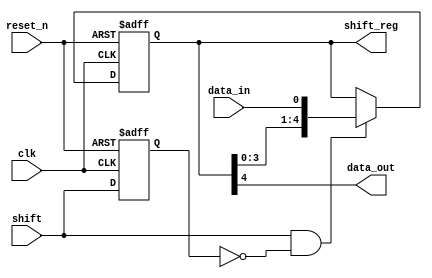
`timescale 1ns / 1ps
//////////////////////////////////////////////////////////////////////////////////
// Company: 
// Engineer: 
// 
// Design Name: 
// Module Name: shift_reg_5_bit
// Project Name: 
// Target Devices: 
// Tool Versions: 
// Description: 
// 
// Dependencies: 
// 
// Revision:
// Revision 0.01 - File Created
// Additional Comments:
// 
//////////////////////////////////////////////////////////////////////////////////


module shift_reg_5_bit(input clk, input shift, input reset_n, input data_in, output data_out, output reg [4:0] shift_reg);


reg prev_shift; 


always @(posedge clk or negedge reset_n) begin
    if (!reset_n) begin
        shift_reg <= 5'b00000;
        prev_shift <= 0;
    end else begin
        if (shift && !prev_shift) begin
            shift_reg <= {shift_reg[3:0], data_in};
        end
        prev_shift <= shift;
    end
end

assign data_out = shift_reg[4];

endmodule